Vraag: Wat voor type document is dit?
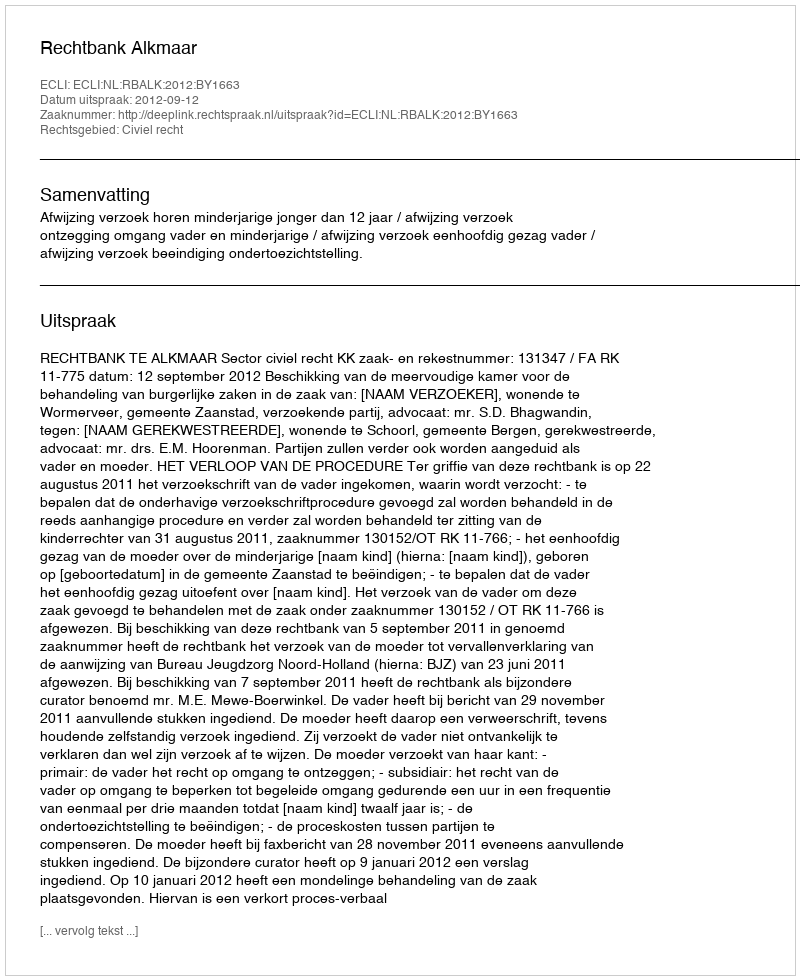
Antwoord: Uitspraak